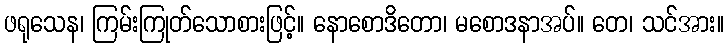
ဖရုသေန၊ ကြမ်းကြုတ်သောစားဖြင့်။ နောစောဒိတော၊ မစောဒနာအပ်။ တေ၊ သင်အား။